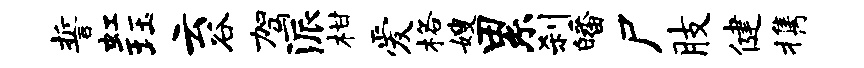
誓虹珏云谷驾派柑爱格嫂累刹皤尸肢健携